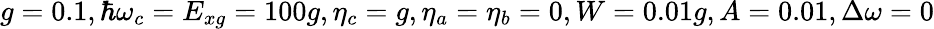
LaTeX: g=0.1,\hbar\omega_{c}=E_{xg}=100g,\eta_{c}=g,\eta_{a}=\eta_{b}=0,W=0.01g,A=0.01,\Delta\omega=0